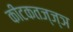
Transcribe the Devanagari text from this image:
कीटकतज्ज्ञ